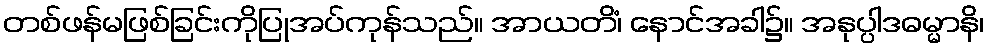
တစ်ဖန်မဖြစ်ခြင်းကိုပြုအပ်ကုန်သည်။ အာယတိံ၊ နောင်အခါ၌။ အနုပ္ပါဒဓမ္မာနိ၊